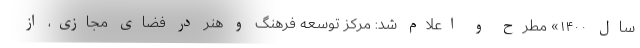
سال ۱۴۰۰» مطرح و اعلام شد: مرکز توسعه فرهنگ و هنر در فضای مجازی، از